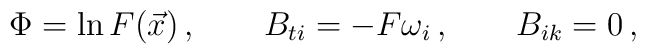
\Phi =  \ln F(\vec x)\, , \qquad B_{ti} = - F \omega_i \, , \qquad B_{ik} =0 \, ,